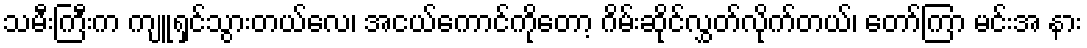
သမီးကြီးက ကျူရှင်သွားတယ်လေ၊ အငယ်ကောင်ကိုတော့ ဂိမ်းဆိုင်လွှတ်လိုက်တယ်၊ တော်ကြာ မင်းအ နား